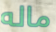
ماله